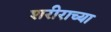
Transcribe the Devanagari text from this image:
शरीराच्या